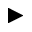
\blacktriangleright